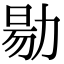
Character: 𠢃